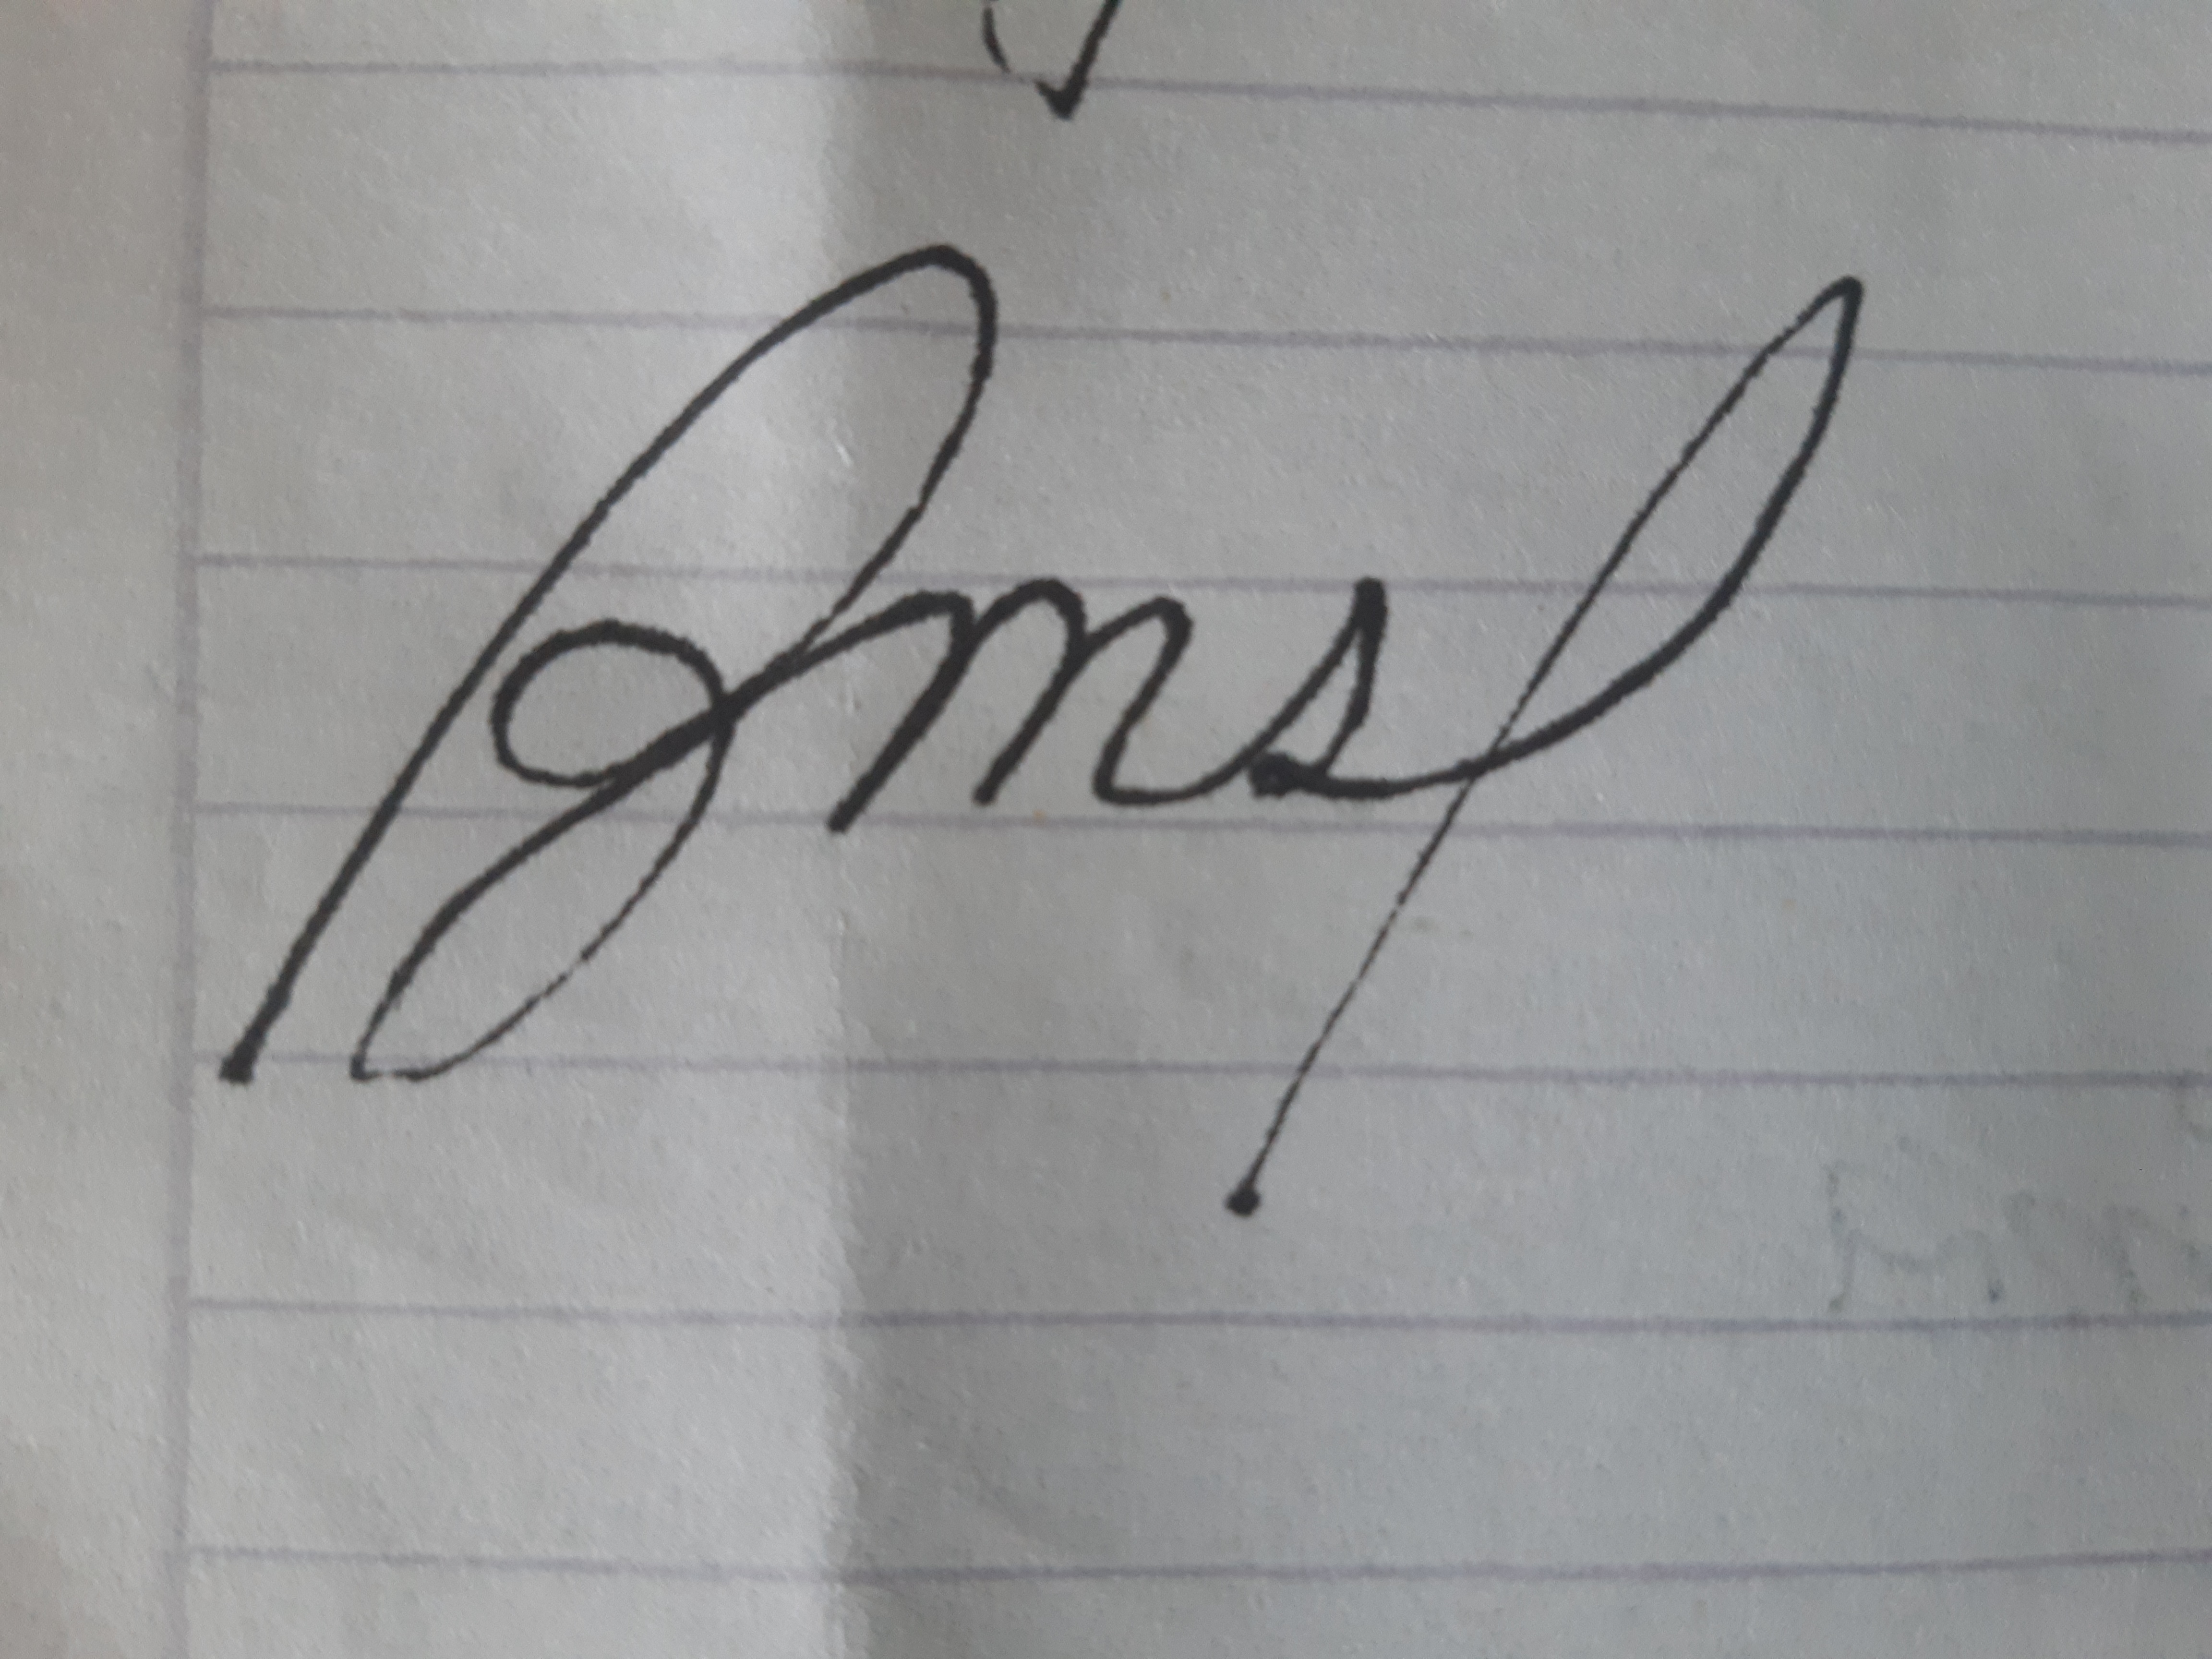
Signature authenticity: forged